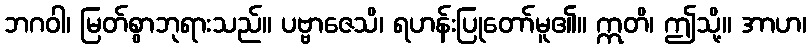
ဘဂဝါ၊ မြတ်စွာဘုရားသည်။ ပဗ္ဗာဇေသိ၊ ရဟန်းပြုတော်မူ၏။ ဣတိ၊ ဤသို့။ အာဟ၊